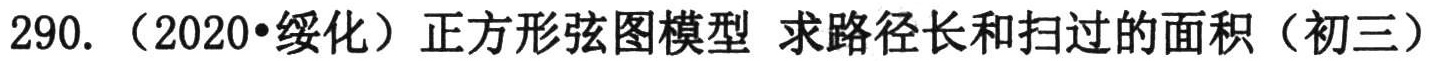
290. （2020•绥化）正方形弦图模型 求路径长和扫过的面积（初三）